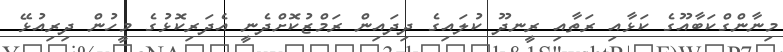
މިނާންގްކަބާއޫގެ ކަޅާއި ރަތާއި ރީނދޫ ކުލައިގެ ދިދައިން ރަމްޒުކޮށްދެނީ އެދަރިކޮޅުގެ މީހުން ދިރިއުޅޭ